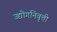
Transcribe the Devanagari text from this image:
उद्योगनिवृत्ती